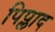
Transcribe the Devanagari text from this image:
पिप्लाद